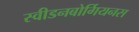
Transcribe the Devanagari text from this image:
स्वीडनबोर्गियनस